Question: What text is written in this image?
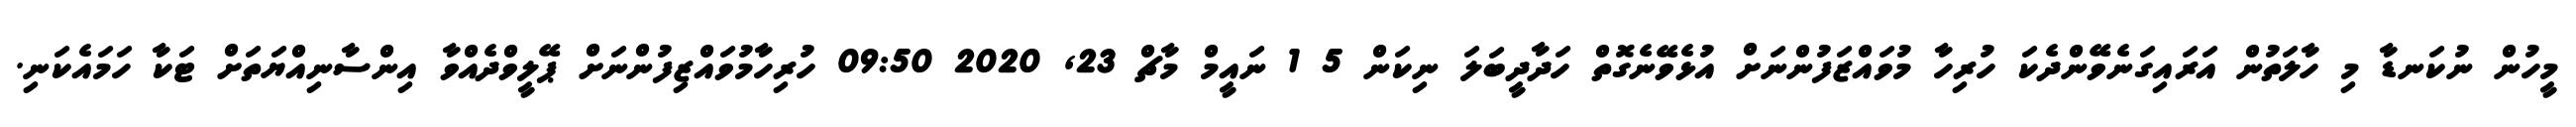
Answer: މީހުން ނުކަނޑާ މި ހާލަތުން އަރައިގަނެވޭންދެކަ ހުރިހާ މުވައްޒަފުންނަށް އުޅެވޭނެގޮތް ހަދާދީބަލަ ނިކަން 5 1 ނައީމް މާޗް 23, 2020 09:50 ހުރިހާމުވައްޒިފުންނަށް ޕޭލީވްދެއްވާ އިންސާނިއްޔަތަށް ޓަކާ ހަމައެކަނި.